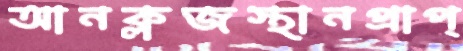
আনক্লজস্থানপ্রাপ্